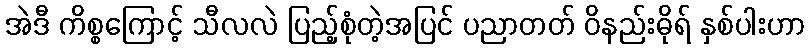
အဲဒီ ကိစ္စကြောင့် သီလလဲ ပြည့်စုံတဲ့အပြင် ပညာတတ် ဝိနည်းဓိုရ် နှစ်ပါးဟာ